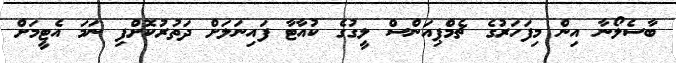
ބާސެލޯނާ އިން މިފަހަރުގެ ޗެމްޕިއަންސް ލީގުގެ ކުއާޓާ ފައިނަަލަށް ދަތުރުކޮށްފި ނަމަ އެޓީމަށް